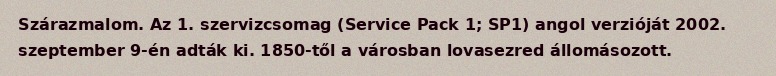
Szárazmalom. Az 1. szervizcsomag (Service Pack 1; SP1) angol verzióját 2002. szeptember 9-én adták ki. 1850-től a városban lovasezred állomásozott.